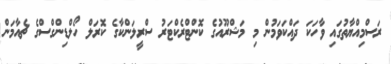
ރަސްމިއްޔާތުގައި ވާހަކަ ދައްކަވަމުން މި މަޝްރޫއުގެ ކޮންޓްރެކްޓަރު ސްރީލަންކާގެ ކޮރަލް ހޯލްޑިންގްސްގެ ޗެއާމަން